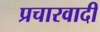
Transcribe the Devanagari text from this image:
प्रचारवादी